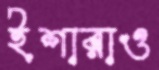
ইশারাও